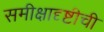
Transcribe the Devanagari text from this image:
समीक्षादृष्टीची